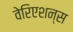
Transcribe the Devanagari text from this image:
वेरिएशन्स